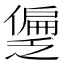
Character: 𫣱